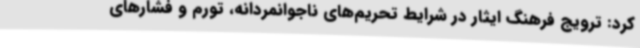
کرد: ترویج فرهنگ ایثار در شرایط تحریم‌های ناجوانمردانه، تورم و فشارهای